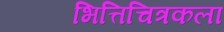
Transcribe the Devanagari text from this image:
भित्तिचित्रकला